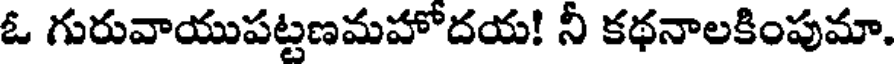
ఓ గురువాయుపట్టణమహోదయ! నీ కథనాలకింపుమా.